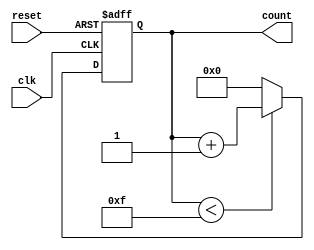
module parameterized_counter #(
    parameter WIDTH = 4,               // Default width of the counter
    parameter MAX_COUNT = 2**WIDTH - 1 // Default max count value
) (
    input wire clk,                    // Clock input
    input wire reset,                  // Asynchronous reset input
    output reg [WIDTH-1:0] count       // Current count value output
);

    // Internal Register for the count
    always @(posedge clk or posedge reset) begin
        if (reset) begin
            count <= 0;                 // Reset the counter to zero
        end else if (count < MAX_COUNT) begin
            count <= count + 1;         // Increment the counter
        end else begin
            count <= 0;                 // Wrap around to zero when max count is reached
        end
    end

endmodule